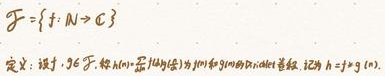
\[
\mathcal{F}=\{f: \mathbb{N} \to \mathbb{C}\}
\]

定义：设 \( f, g \in \mathcal{F} \)，称 \( h \in \mathcal{F} \) 为 \( f \) 和 \( g \) 的Dirichlet卷积，记为 \( h = f \ast g (n) \)。